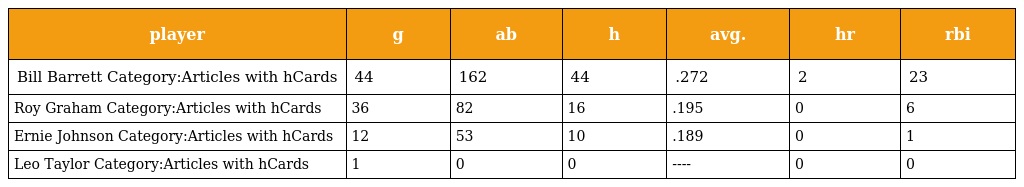
| player | g | ab | h | avg. | hr | rbi |
 | --- | --- | --- | --- | --- | --- | --- |
 | Bill Barrett Category:Articles with hCards | 44 | 162 | 44 | .272 | 2 | 23 |
 | Roy Graham Category:Articles with hCards | 36 | 82 | 16 | .195 | 0 | 6 |
 | Ernie Johnson Category:Articles with hCards | 12 | 53 | 10 | .189 | 0 | 1 |
 | Leo Taylor Category:Articles with hCards | 1 | 0 | 0 | ---- | 0 | 0 |